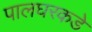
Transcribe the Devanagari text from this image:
पालघरकडे